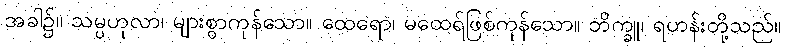
အခါ၌။ သမ္ပဟုလာ၊ များစွာကုန်သော။ ထေရော၊ မထေရ်ဖြစ်ကုန်သော။ ဘိက္ခူ၊ ရဟန်းတို့သည်။